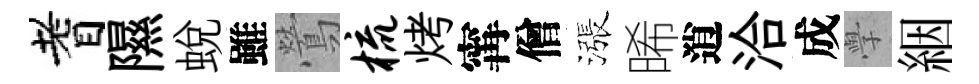
耆隰蛻雖鶯梳烤𡩋僧漲晞逍洽成𭓕絪